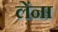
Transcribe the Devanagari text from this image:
लेंना